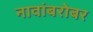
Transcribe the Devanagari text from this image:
नावांबरोबर